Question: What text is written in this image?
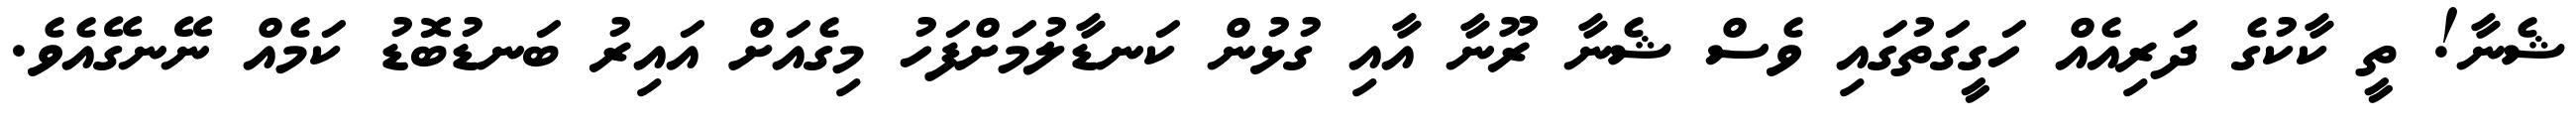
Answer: ޝެނާ! ތީ ކާކުގެ ދަރިއެއް ހަގީގަތުގައި ވެސް ޝެނާ ރޫނާ އާއި ގުޅުން ކަނޑާލުމަށްފަހު މިގެއަށް އައިރު ބަނޑުބޮޑު ކަމެއް ނޭނގޭއެވެ.